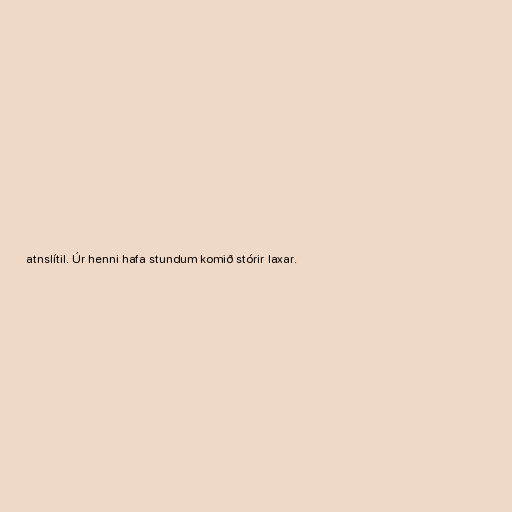
atnslítil. Úr henni hafa stundum komið stórir laxar.